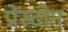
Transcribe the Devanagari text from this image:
प्रेस्टोन